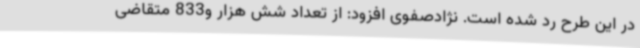
در این طرح رد شده است. نژادصفوی افزود: از تعداد شش هزار و833 متقاضی